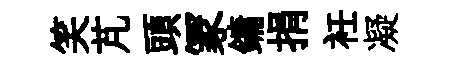
笑芃頭冡鏞捐衽凝